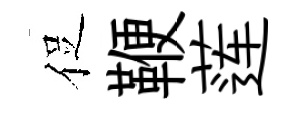
促鞭莲